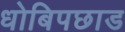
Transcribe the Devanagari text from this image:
धोबिपछाड